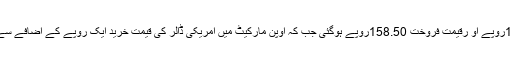
فاریکس ایسوسی ایشن آف پاکستان کے مطابق پیر کوانٹر بینک میں امریکی ڈالر کی قیمت خرید158.20روپے او رقیمت فروخت 158.50روپے ہوگئی جب کہ اوپن مارکیٹ میں امریکی ڈالر کی قیمت خرید ایک روپے کے اضافے سے156روپے سے بڑھ کر157روپے اورقیمت فروخت157روپے سے بڑھ کر158.50روپے ہوگئی۔